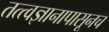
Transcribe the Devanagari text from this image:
तत्त्वज्ञानापासूनच